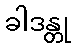
ခါဒန္တု